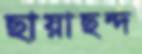
ছায়াছন্দ